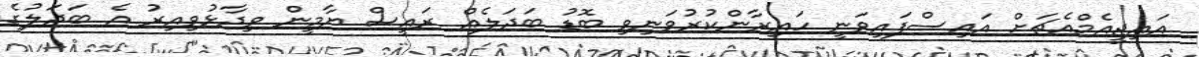
އައިޖީއެމްއެޗަށް އައިސްފައިވަނީ ހައިރާންކުރުވަނިވި ބޮޑު ބަދަލެއް ރައީސް ޔާމީން ވިދާޅުވިއިރު އެ ބަދަލުގެ